Indian journal of veterinary science and animal husbandry - Volume 10,
Year: 1940
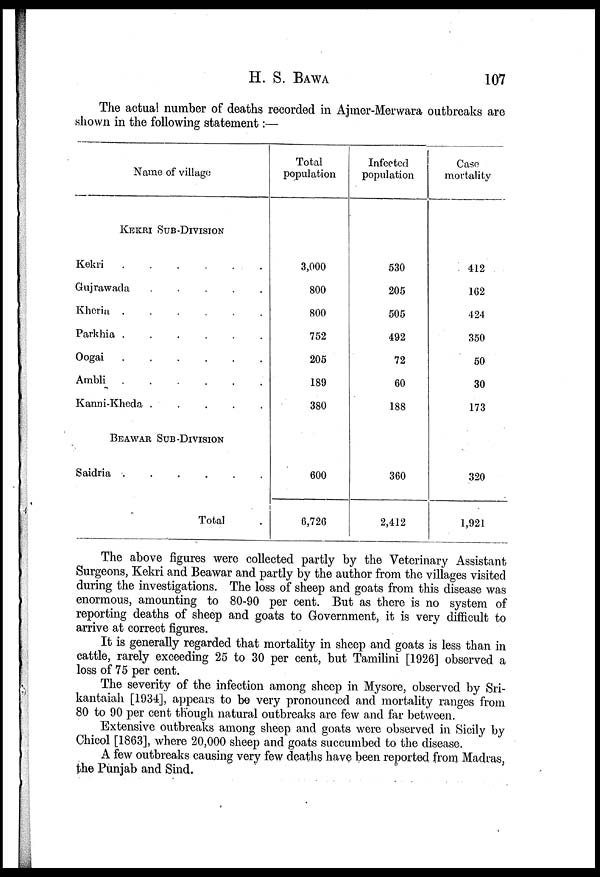
H. S.
BAWA
107
The actual number of deaths recorded in Ajmer-Merwara outbreaks are
shown in the following statement:—
Name of village
KEKRI SUB-DIVISION
Kekri
Gujrawada
.....
Kheria
......
Parkhia
......
Oogai
......
Ambli
......
Kanni-Kheda
.....
BEAWAR SUB-DIVISION
Saidria
Total .
Total
population
3,000
800
800
752
205
189
380
600
6,726
Infected
population
530
205
505
492
72
60
188
360
2,412
Case
mortality
412
162
424
350
50
30
173
320
1,921
The above figures were collected partly by the Veterinary Assistant
Surgeons, Kekri and Beawar and partly by the author from the villages visited
during the investigations. The loss of sheep and goats from this disease was
enormous, amounting to 80-90 per cent. But as there is no system of
reporting deaths of sheep and goats to Government, it is very difficult to
arrive at correct figures.
It is generally regarded that mortality in sheep and goats is less than in
cattle, rarely exceeding 25 to 30 per cent, but Tamilini [1926] observed a
loss of 75 per cent.
The severity of the infection among sheep in Mysore, observed by Sri-
kantaiah [1934], appears to be very pronounced and mortality ranges from
80 to 90 per cent though natural outbreaks are few and far between.
Extensive outbreaks among sheep and goats were observed in Sicily by
Chicol [1863], where 20,000 sheep and goats succumbed to the disease.
A few outbreaks causing very few deaths have been reported from Madras,
the Punjab and Sind.